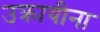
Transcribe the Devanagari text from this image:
उक्रायीना